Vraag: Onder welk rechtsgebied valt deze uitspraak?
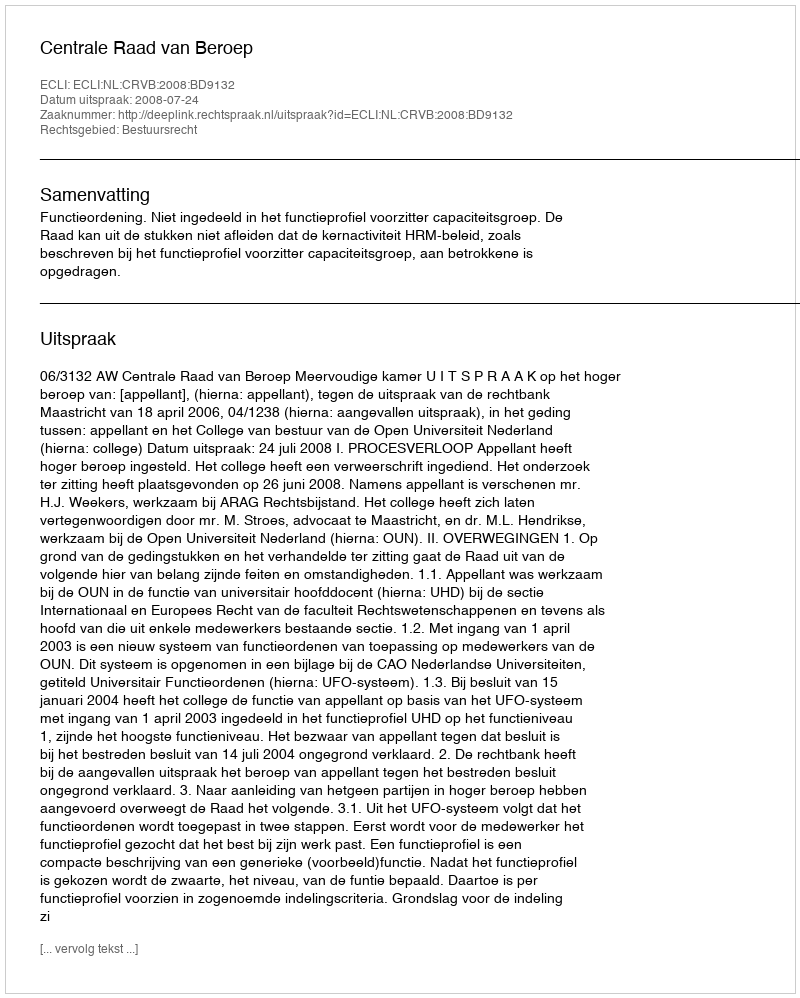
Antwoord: Bestuursrecht